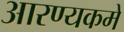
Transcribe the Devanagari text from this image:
आरण्यकमें